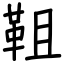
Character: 靻